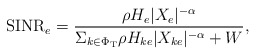
\begin{align*} \textrm{SINR}_e = \frac{ \rho H_{e}| X_{e} | ^{-\alpha}}{\Sigma_{k \in \Phi_\textrm{T}} \rho H_{ke} | X_{ke} | ^{-\alpha} + W},\end{align*}